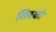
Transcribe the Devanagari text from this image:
शिवको